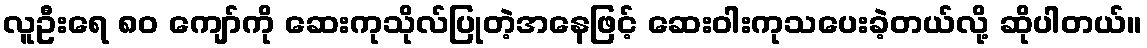
လူဦးရေ ၈၀ ကျော်ကို ဆေးကုသိုလ်ပြုတဲ့အနေဖြင့် ဆေးဝါးကုသပေးခဲ့တယ်လို့ ဆိုပါတယ်။